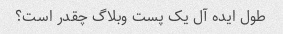
طول ایده آل یک پست وبلاگ چقدر است؟